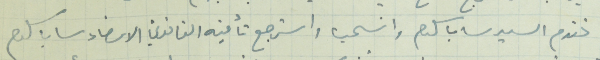
ثم تقدم السيد سابا سلوم وانسحب واسترجع تأمينه القانوني الامضاء سابا سلوم